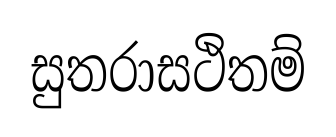
සුතරාසථිතම්